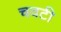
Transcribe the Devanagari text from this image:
चवटी